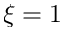
\xi = 1